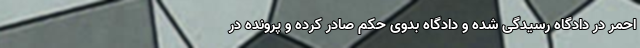
احمر در دادگاه رسیدگی شده و دادگاه بدوی حکم صادر کرده و پرونده در